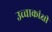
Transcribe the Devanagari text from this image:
उच्चाकांक्षी